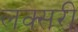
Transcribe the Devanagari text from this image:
लक्सरी